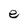
Character: e